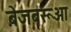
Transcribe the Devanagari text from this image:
बेजबरूआ